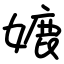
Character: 㜙